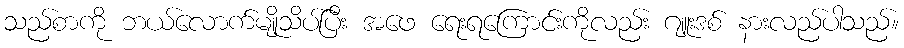
သည်စာကို ဘယ်လောက်မျိုသိပ်ပြီး အဖေ ရေးရကြောင်းကိုလည်း ဂျူးဒစ် နားလည်ပါသည်။